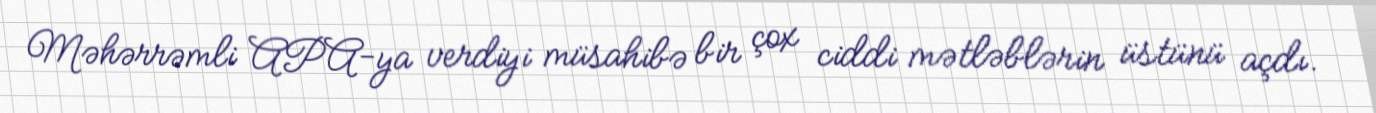
Məhərrəmli APA-ya verdiyi müsahibə bir çox ciddi mətləblərin üstünü açdı.